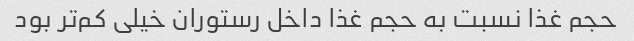
حجم غذا نسبت به حجم غذا داخل رستوران خیلی کم‌تر بود